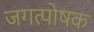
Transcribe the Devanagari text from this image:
जगत्पोषक